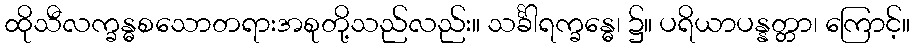
ထိုသီလက္ခန္ဓစသောတရားအစုတို့သည်လည်း။ သင်္ခါရက္ခန္ဓေ၊ ၌။ ပရိယာပန္နတ္တာ၊ ကြောင့်။